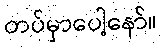
တပ်မှာပေါ့နော်။